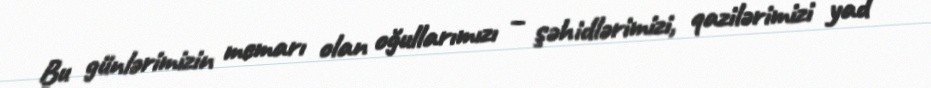
Bu günlərimizin memarı olan oğullarımızı – şəhidlərimizi, qazilərimizi yad